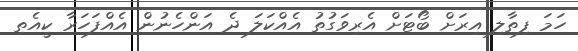
ހަމަ ފިތާލި އިރަށް ބޯޓަށް އެރިވަގުތު އެއްކަލަ ދެ އަންހެނުން އެއްފަހަރާ ކީއެތި